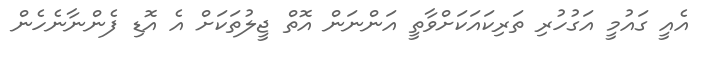
އެއީ ގައުމީ އަގުހުރި ތަރިކައަކަށްވާތީ އަންނަން އޮތް ޖީލުތަކަށް އެ އޮޑި ފެންނާނެހެން